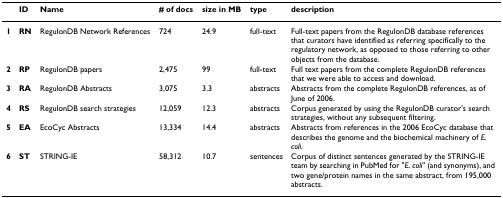
<table><thead><tr><td></td><td><b>ID</b></td><td><b>Name</b></td><td><b># of docs</b></td><td><b>size in MB</b></td><td><b>type</b></td><td><b>description</b></td></tr></thead><tbody><tr><td><b>1</b></td><td><b>RN</b></td><td>RegulonDB Network References</td><td>724</td><td>24.9</td><td>full-text</td><td>Full-text papers from the RegulonDB database references that curators have identified as referring specifically to the regulatory network, as opposed to those referring to other objects from the database.</td></tr><tr><td><b>2</b></td><td><b>RP</b></td><td>RegulonDB papers</td><td>2,475</td><td>99</td><td>full-text</td><td>Full text papers from the complete RegulonDB references that we were able to access and download.</td></tr><tr><td><b>3</b></td><td><b>RA</b></td><td>RegulonDB Abstracts</td><td>3,075</td><td>3.3</td><td>abstracts</td><td>Abstracts from the complete RegulonDB references, as of June of 2006.</td></tr><tr><td><b>4</b></td><td><b>RS</b></td><td>RegulonDB search strategies</td><td>12,059</td><td>12.3</td><td>abstracts</td><td>Corpus generated by using the RegulonDB curator&#x27;s search strategies, without any subsequent filtering.</td></tr><tr><td><b>5</b></td><td><b>EA</b></td><td>EcoCyc Abstracts</td><td>13,334</td><td>14.4</td><td>abstracts</td><td>Abstracts from references in the 2006 EcoCyc database that describes the genome and the biochemical machinery of <i>E. coli</i>.</td></tr><tr><td><b>6</b></td><td><b>ST</b></td><td>STRING-IE</td><td>58,312</td><td>10.7</td><td>sentences</td><td>Corpus of distinct sentences generated by the STRING-IE team by searching in PubMed for &quot;<i>E. coli</i>&quot; (and synonyms), and two gene/protein names in the same abstract, from 195,000 abstracts.</td></tr></tbody></table>